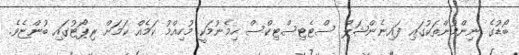
ބޯޑުގެ ނިންމުންތަކުގައި ފައިނެންޝަލް ސްޓެޓިސްޓިކްސް ހިމެނުމަކީ މުހިއްމު ކަމެއް ކަމަށް ރިޕޯޓުގައި ބުންޏެވެ.